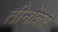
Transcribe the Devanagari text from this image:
तीनोंका